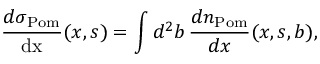
\frac { d \sigma _ { \mathrm { P o m } } } { \mathrm { d x } } ( x , s ) = \int d ^ { 2 } b \, \frac { d n _ { \mathrm { P o m } } } { d x } ( x , s , b ) ,